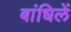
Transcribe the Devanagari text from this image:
बांधिलें